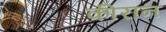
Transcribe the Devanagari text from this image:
कीरान